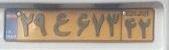
۲۹ع۶۷۳۴۲